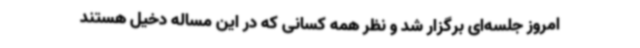
امروز جلسه‌ای برگزار شد و نظر همه کسانی که در این مساله دخیل هستند